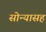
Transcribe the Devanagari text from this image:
सोन्यासह